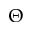
\Theta